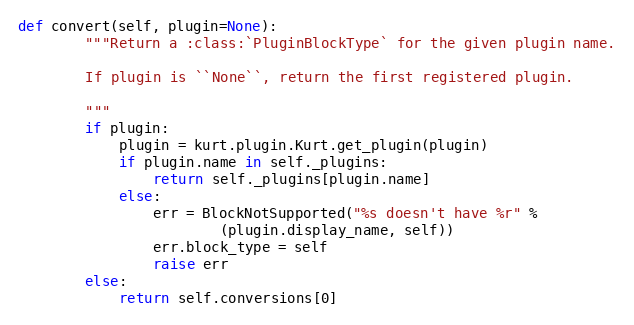
Language: Python
def convert(self, plugin=None):
        """Return a :class:`PluginBlockType` for the given plugin name.

        If plugin is ``None``, return the first registered plugin.

        """
        if plugin:
            plugin = kurt.plugin.Kurt.get_plugin(plugin)
            if plugin.name in self._plugins:
                return self._plugins[plugin.name]
            else:
                err = BlockNotSupported("%s doesn't have %r" %
                        (plugin.display_name, self))
                err.block_type = self
                raise err
        else:
            return self.conversions[0]